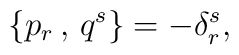
\{ p_r\,,\,q^s \} = - \delta_r^s ,